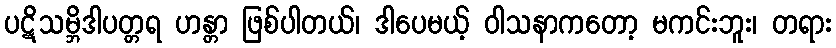
ပဋိသမ္ဘိဒါပတ္တရ ဟန္တာ ဖြစ်ပါတယ်၊ ဒါပေမယ့် ဝါသနာကတော့ မကင်းဘူး၊ တရား